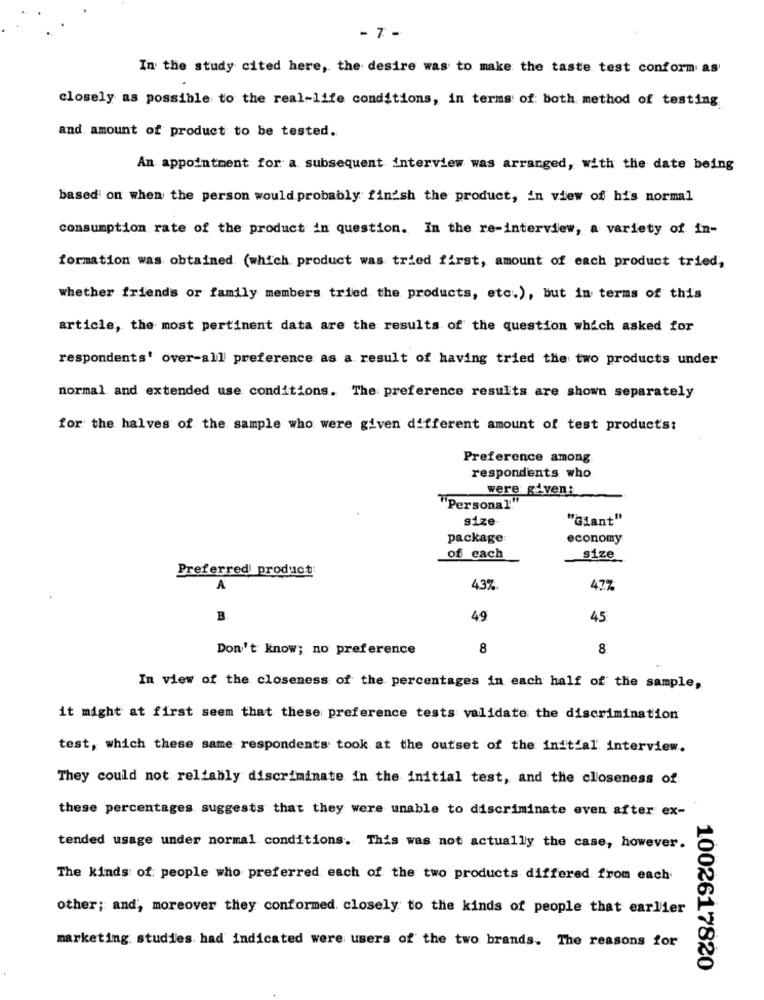
- 7 -
In the study cited here, the desire was to make the taste test conform as
closely as possible to the real-life conditions, in terms of: both method of testing
and amount of product to be tested.
An appointment for a subsequent interview was arranged, with the date being
based on when the person would probably finish the product, in view of his normal
consumption rate of the product in question. In the re-interview, a variety of in-
formation was obtained (which product was tried first, amount of each product tried,
whether friends or family members tried the products, etc.), but in terms of this
article, the most pertinent data are the results of the question which asked for
respondents' over-all preference as a result of having tried the two products under
normal and extended use conditions. The preference results are shown separately
for the halves of the sample who were given different amount of test products:
Preference among
respondents who
were given:
"Personal"
size
"Giant"
package
economy
of each
size
Preferred product:
A
43%
47%
B
49
45
Don't know; no preference
8
8
In view of the closeness of the percentages in each half of the sample,
it might at first seem that these preference tests validate the discrimination
test, which these same respondents took at the outset of the initial interview ..
They could not reliably discriminate in the initial test, and the closeness of
these percentages suggests that they were unable to discriminate even after ex-
tended usage under normal conditions. This was not actually the case, however.
The kinds of: people who preferred each of the two products differed from each
other; and, moreover they conformed. closely to the kinds of people that earlier
marketing studies. had indicated were users of the two brands. The reasons for
1002617820